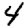
Digit: 4